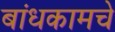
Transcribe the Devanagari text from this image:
बांधकामचे